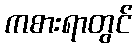
ကစားရာတွင်